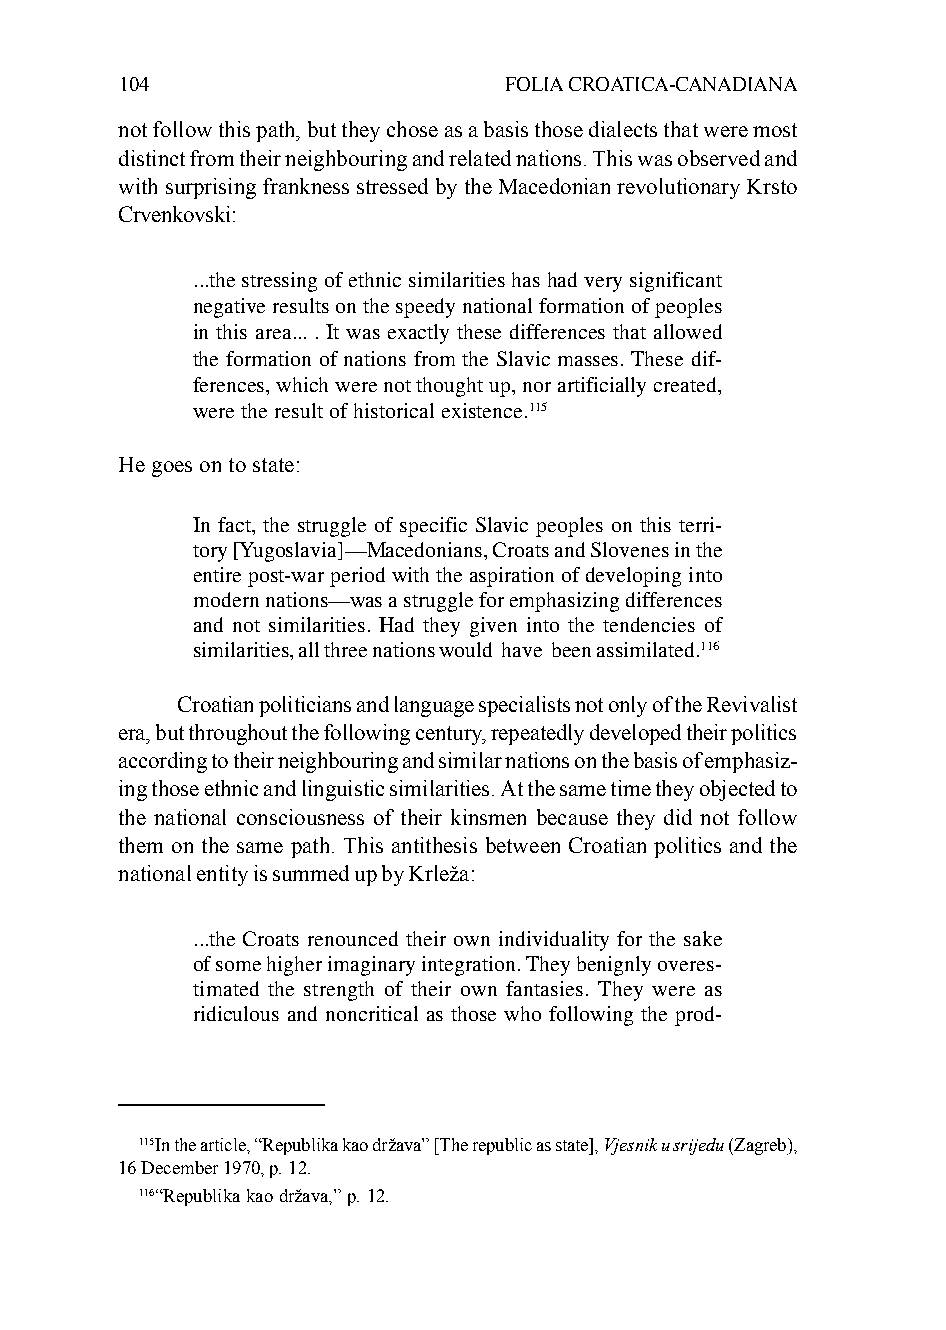
104                      FOLIA CROATICA-CANADIANA
 not follow this path, but they chose as a basis those dialects that were most
 distinct from their neighbouring and related nations. This was observed and
 with surprising frankness stressed by the Macedonian revolutionary Krsto
 Crvenkovski:
 ...the stressing of ethnic similarities has had very significant
 negative results on the speedy national formation of peoples
 in this area... . It was exactly these differences that allowed
 the formation of nations from the Slavic masses. These dif-
 ferences, which were not thought up, nor artificially created,
 were the result of historical existence.115
 He goes on to state:
 In fact, the struggle of specific Slavic peoples on this terri-
 tory [Yugoslavia]—Macedonians, Croats and Slovenes in the
 entire post-war period with the aspiration of developing into
 modern nations—was a struggle for emphasizing differences
 and not similarities. Had they given into the tendencies of
 similarities, all three nations would have been assimilated.116
 Croatian politicians and language specialists not only of the Revivalist
 era, but throughout the following century, repeatedly developed their politics
 according to their neighbouring and similar nations on the basis of emphasiz-
 ing those ethnic and linguistic similarities. At the same time they objected to
 the national consciousness of their kinsmen because they did not follow
 them on the same path. This antithesis between Croatian politics and the
 national entity is summed up by Krleža:
 ...the Croats renounced their own individuality for the sake
 of some higher imaginary integration. They benignly overes-
 timated the strength of their own fantasies. They were as
 ridiculous and noncritical as those who following the prod-
 115In the article, “Republika kao država” [The republic as state], Vjesnik u srijedu (Zagreb),
 16 December 1970, p. 12.
 116“Republika kao država,” p. 12.